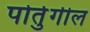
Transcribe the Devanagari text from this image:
पोर्तुगील